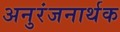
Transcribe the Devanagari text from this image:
अनुरंजनार्थक